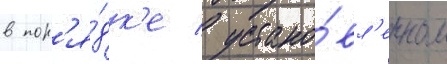
в пор'я́дк'е / устано́вл'енном